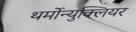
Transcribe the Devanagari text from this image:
थर्मोन्युक्लियर